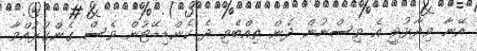
އޭނާ ވިދާޅުވީ އެ ވިސްނުން ދެން ތިއްބެވި ދެ ކެންޑިޑޭޓުން ވެސް ގެންގުޅުއްވާ